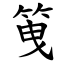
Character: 䇩